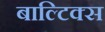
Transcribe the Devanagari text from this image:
बाल्टिक्स